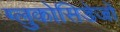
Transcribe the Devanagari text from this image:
ग्लुकोसिडेजों